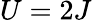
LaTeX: U=2J